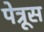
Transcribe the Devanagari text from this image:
पेत्रूस